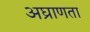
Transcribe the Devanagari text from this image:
अघ्राणता